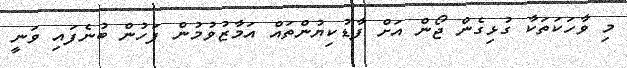
މި ވާހަކަތަކާ ގުޅިގެން ޖޯން އަށް ފާޑުކިޔުންތައް އަމާޒުވުމުން ފަހުން ބުނެފައި ވަނީ